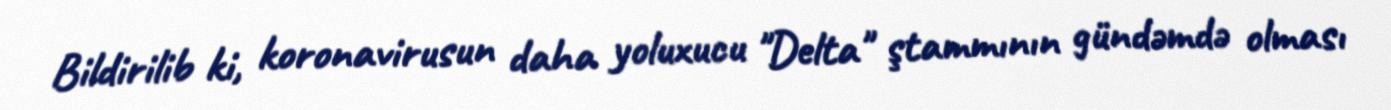
Bildirilib ki, koronavirusun daha yoluxucu "Delta" ştammının gündəmdə olması